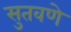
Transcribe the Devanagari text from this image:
सुतवणे